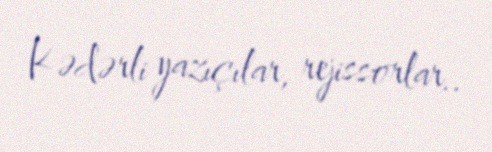
Kədərli yazıçılar, rejissorlar..